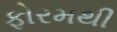
ફોરમથી